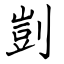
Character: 剴